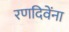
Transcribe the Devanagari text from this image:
रणदिवेंना